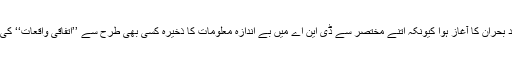
یہیں سے نظریہ ارتقاء میں ایک شدید بحران کا آغاز ہوا کیونکہ اتنے مختصر سے ڈی این اے میں بے اندازہ معلومات کا ذخیرہ کسی بھی طرح سے ’’اتفاقی واقعات‘‘ کی مدد سے واضح نہیں کیا جاسکتا تھا۔